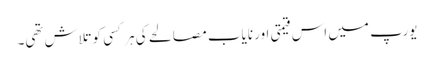
یورپ میں اس قیمتی اور نایاب مصالحے کی ہر کسی کو تلاش تھی۔